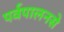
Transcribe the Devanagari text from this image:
पर्वपालनसे